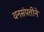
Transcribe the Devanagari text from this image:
वनसंपत्तीने